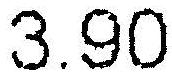
3.90